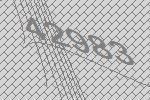
42983